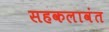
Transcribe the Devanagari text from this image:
सहकलावंत